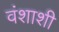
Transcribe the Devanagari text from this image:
वंशाशी